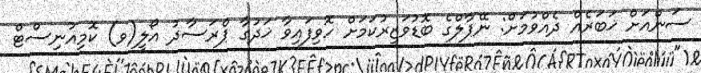
ސަންއަށް ޚަބަރެއް ދެއްވުމަށް: ނޭޕާލްގެ ބޮޑުވަޒީރުކަމަށް ހޮވިފައިވާ ޚަދުގާ ޕްރަސާދު އޯލީ(ވ) ކޮމިއުނިސްޓް